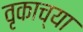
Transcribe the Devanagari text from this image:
वृकाच्या